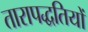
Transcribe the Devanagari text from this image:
तारापद्धतियों